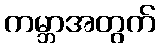
ကမ္ဘာအတွက်